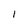
Character: I